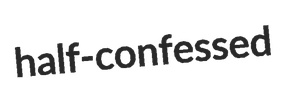
half-confessed